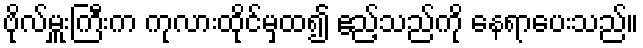
ဗိုလ်မှူးကြီးက ကုလားထိုင်မှထ၍ ဧည့်သည်ကို နေရာပေးသည်။